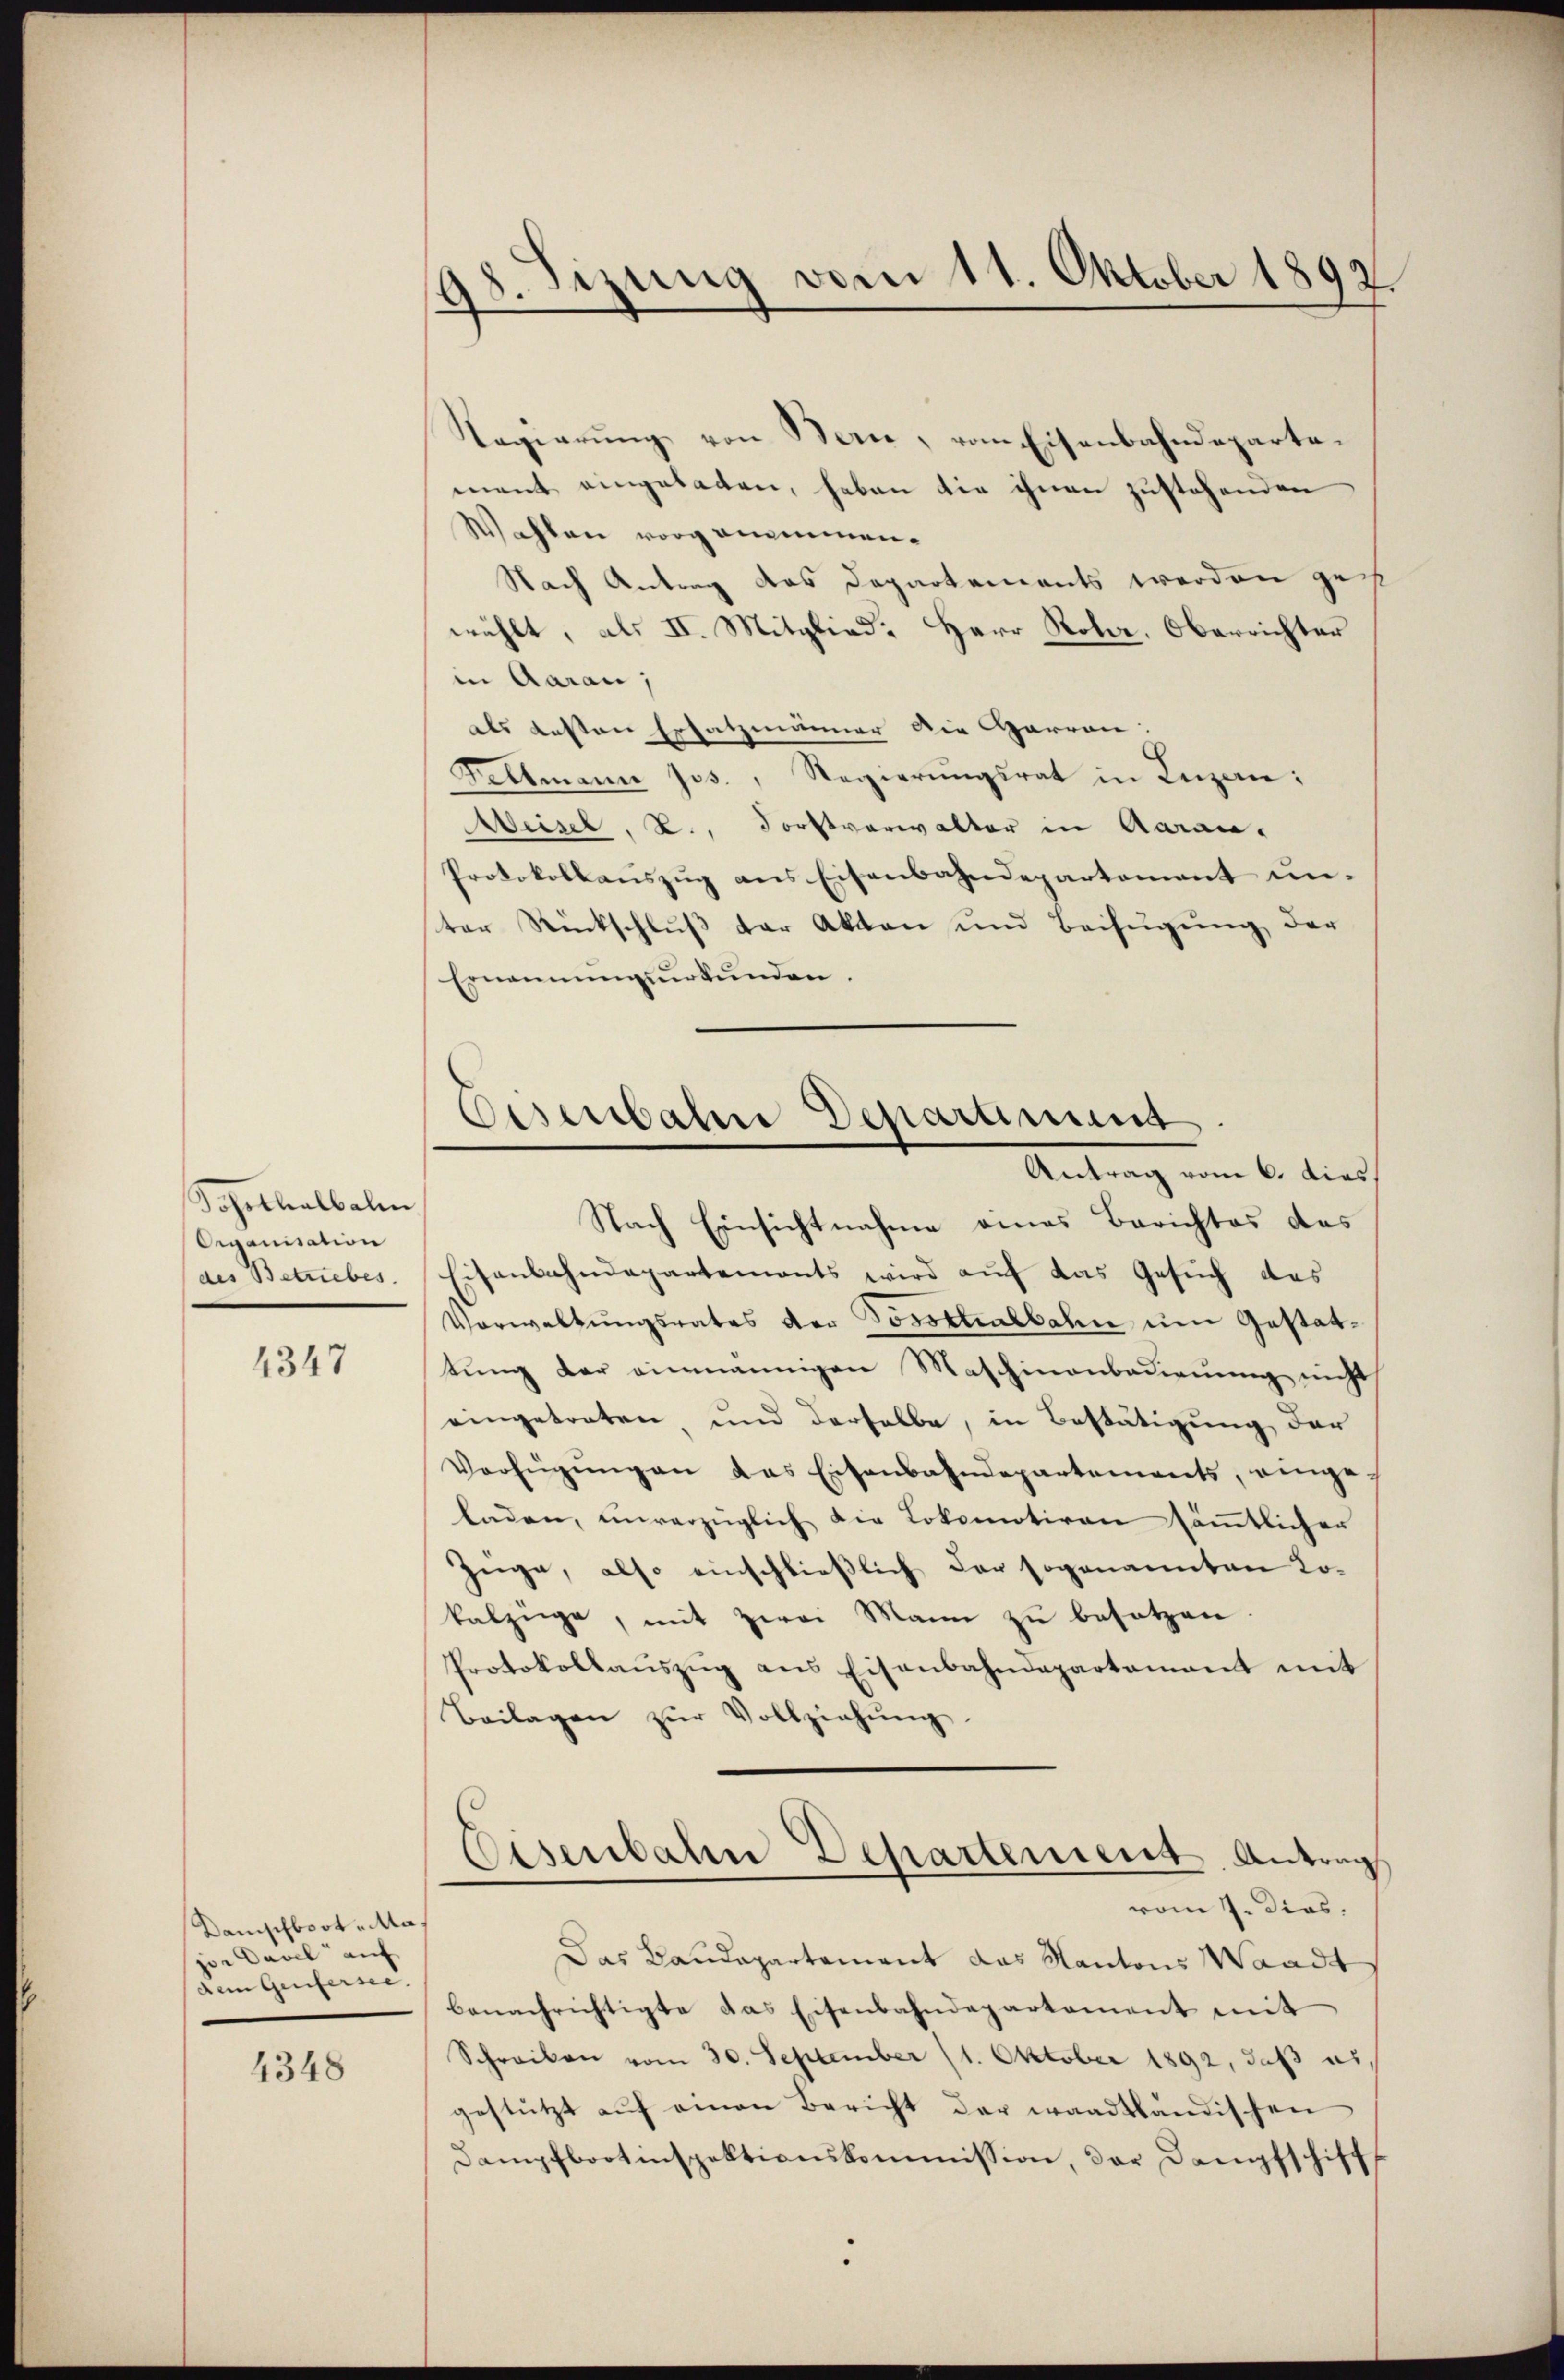
Sohothealbalen
Organisation
des Betriebes

4347

Danischboot "Ma
jer Davel auf
Dein Genfersee.

4348

198. Sizung vom 11. Oktober 1892.

Regierŭng von Bern, vom Eisenbahndeparta-
ment eingeladen, haben die ihnen zustehenden
Wahlen vorgenommen.
Nach Antrag des Departements werden ges
wählt, als II. Mitglied: Herr Rohr, Oberrichter
in Aarau,
als Resten Ersatzmänner die Harren:
Feltmann Jos., Regierungsrat in Lezan:
Weisel, L., Forstverwalter in Aarau,
Protokollauszug aus Eisenbahndepartement unter Rückschluß der Akten und Beifügung der
Ernennengebunden.
Nach Einsichtnahme eines Berichtes das
Eisenbahndepartements wird aŭf das Gesŭch das
Verwaltŭngsrates der Tossthalbahn um Gestattung der einmannigen Maschinenbedienung nicht
eingetreten, und derselbe, in Bestätigung der
Verfügŭngen das Eisenbahndepartements, einge-
laden, unverzüglich die Lokomotiven sämtlicher
Züge, also einschließlich der sogenannten Lokalzüge, mit zwei Mann zu besetzen.
Protokollaŭszŭg ans Eisenbahndepartamant mit
Beilagen zŭr Vollziehŭng.
Eisenbahn Departement. Antrag
vom 7. Dias.
Das Baudepartement das Kantons Waadt
benachrichtigte das Eisenbahndepartement mit
Schreiben vom 30. September 11. Oktober 1892, daß es
gestützt aŭf einen Bericht der waadtländischen
Dampfbootinspektionskommission, der Dampfschiffs

Eisenbahre Deparmit
Antrag vom 6. dies.